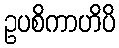
ဥပစိကာဟိပိ